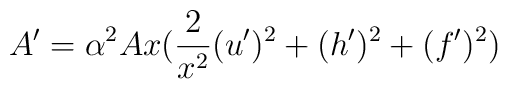
A' = \alpha^2 A x (\frac{2}{x^2}(u')^2  + (h')^2 + (f')^2)